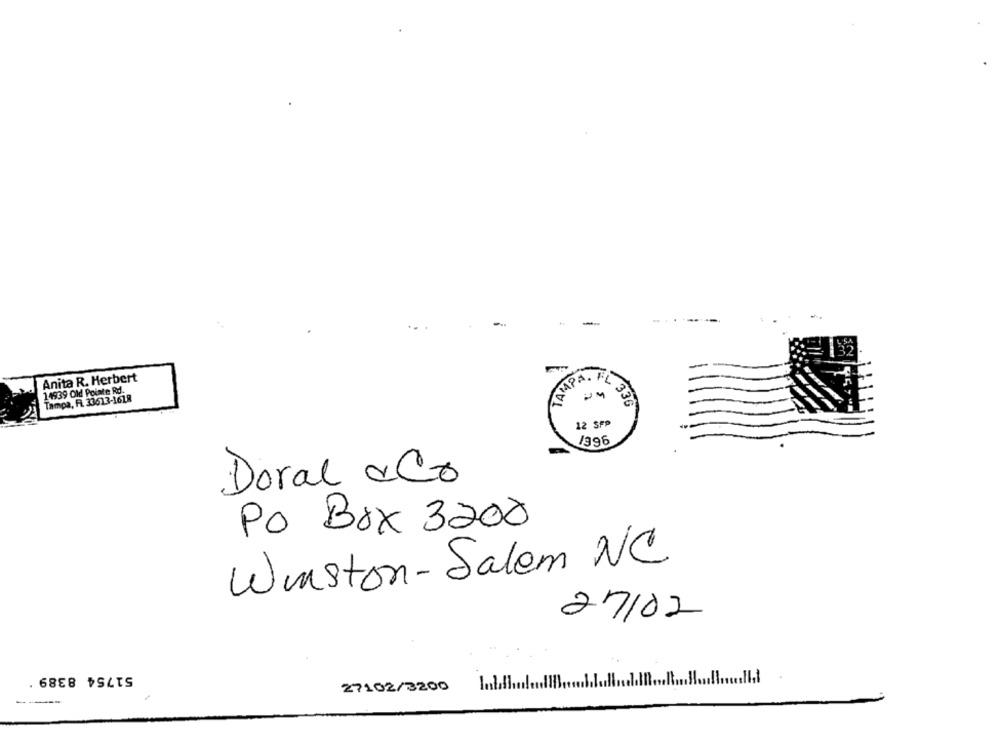
a
Anita R. Herbert
14939 Old Pointe Rd.
MAPA. FL 3
Tampa, FL 33613-1618
12 SFP
/996
Doral &Co
Po Box 3200
Winston- Salem NC
27/02
51754 8389
27102/3200 In/./ .. /11
----